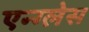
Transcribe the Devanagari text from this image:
एन्ग्लेस